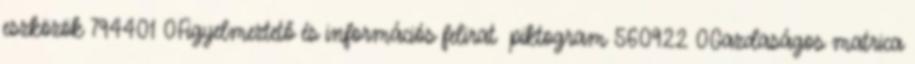
eszközök 794401 0Figyelmeztető és információs felirat piktogram 560922 0Gazdaságos matrica